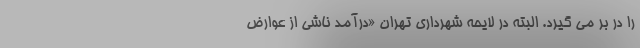
را در بر می گیرد. البته در لایحه شهرداری تهران «درآمد ناشی از عوارض